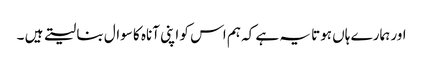
اور ہمارے ہاں ہوتا یہ ہے کہ ہم اس کو اپنی آناہ کا سوال بنا لیتے ہیں ۔